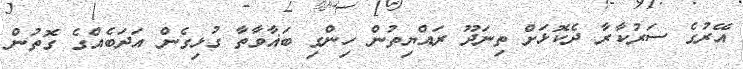
އޭރުގެ ސަރުކާރާ ދެކޮޅަށް ތިނަދޫ ރައްޔިތުން ހިންގި ބަޣާވާތާ ގުޅިގެން އަދަބެއްގެ ގޮތުން